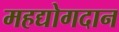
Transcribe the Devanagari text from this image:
महद्योगदान